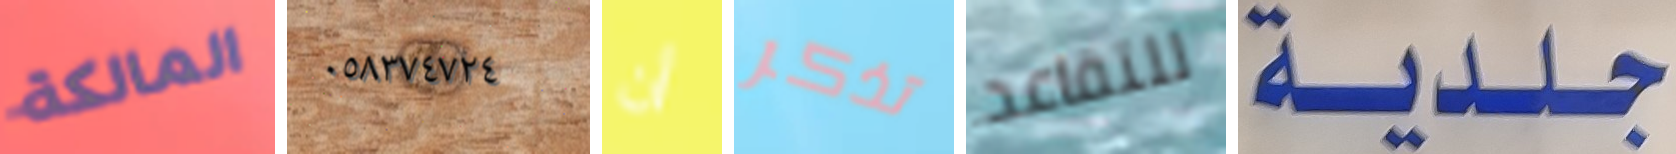
المالكة ٠٥٨٣٧٤٧٢٤ أن تذكر للتقاعد جلدية